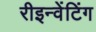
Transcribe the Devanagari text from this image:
रीइन्वेंटिंग